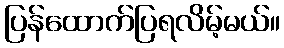
ပြန်ထောက်ပြရလိမ့်မယ်။